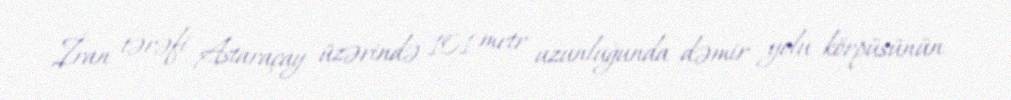
İran tərəfi Astaraçay üzərində 101 metr uzunluğunda dəmir yolu körpüsünün